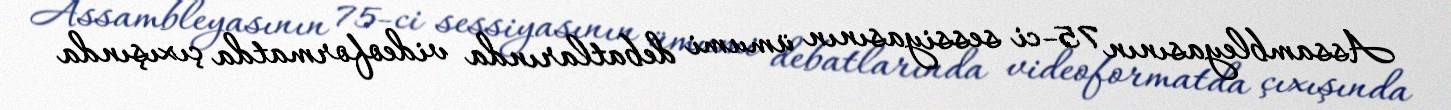
Assambleyasının 75-ci sessiyasının ümumi debatlarında videoformatda çıxışında